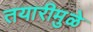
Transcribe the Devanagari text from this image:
तयारीमुळे